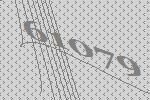
61079